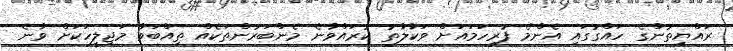
ރައްޔިތުންގެ ހައްގުގައި އެންމެ ފުރިހަމައަށް ވަކާލާތު ކުރައްވާނެ މެންބަރުންތަކެއް ތިއްބަވާ މަޖިލީހަކަށް ވާނެ